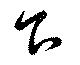
下